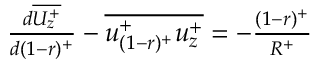
\begin{array} { r } { \frac { d \overline { { U _ { z } ^ { + } } } } { d ( 1 - r ) ^ { + } } - \overline { { u _ { ( 1 - r ) ^ { + } } ^ { + } u _ { z } ^ { + } } } = - { \frac { ( 1 - r ) ^ { + } } { R ^ { + } } } } \end{array}